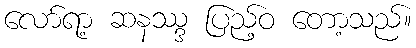
လော်ရာ့ ဆနဿ္ဒ ပြည့်ဝ တော့သည်။